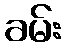
ခမ်း